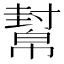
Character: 幫